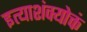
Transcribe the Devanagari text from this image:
इत्याशंक्योक्तं